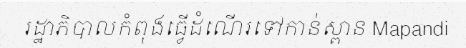
រដ្ឋាភិបាលកំពុងធ្វើដំណើរទៅកាន់ស្ពាន Mapandi